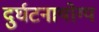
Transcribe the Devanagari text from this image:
दुर्घटनायोग्य